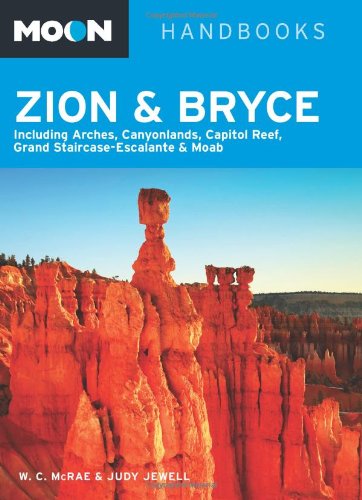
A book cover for Moon Zion & Bryce: Including Arches, Canyonlands, Capitol Reef, Grand Staircase-Escalante & Moab (Moon Handbooks); Bill McRae; Travel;